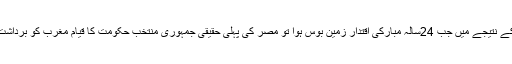
عرب سپرنگ کی کامیابی کے نتیجے میں جب 24سالہ مبارکی اقتدار زمین بوس ہوا تو مصر کی پہلی حقیقی جمہوری منتخب حکومت کا قیام مغرب کو برداشت ہوا نہ غاصب اسرائیل کو ۔